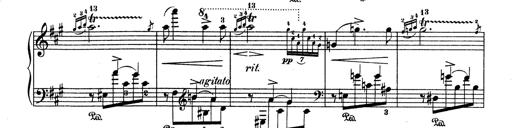
Title: 6 Polish Songs
Composer: Franz Liszt